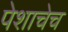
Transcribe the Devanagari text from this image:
पेशाचेच